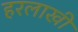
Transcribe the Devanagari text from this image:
हरलाखी